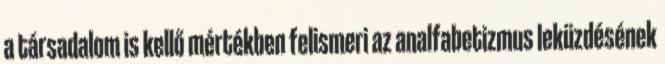
a társadalom is kellő mértékben felismeri az analfabetizmus leküzdésének